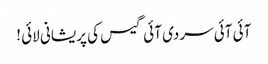
آئی آئی سردی آئی گیس کی پریشانی لائی !